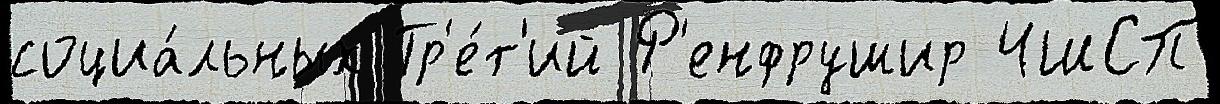
социа́льных Тр'е́т'ий Р'енфрушир ЧШСП